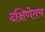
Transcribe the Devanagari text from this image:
दक्षिणेतच